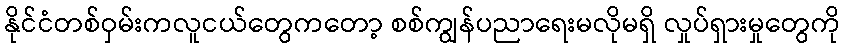
နိုင်ငံတစ်ဝှမ်းကလူငယ်တွေကတော့ စစ်ကျွန်ပညာရေးမလိုမရှိ လှုပ်ရှားမှုတွေကို